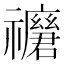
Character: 𥜢